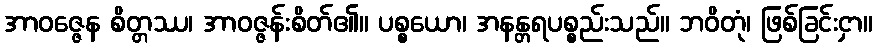
အာဝဇ္ဇေန စိတ္တဿ၊ အာဝဇ္ဇန်းစိတ်၏။ ပစ္စယော၊ အနန္တရပစ္စည်းသည်။ ဘဝိတုံ၊ ဖြစ်ခြင်းငှာ။